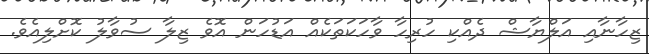
ޒިހާނާއި އަލްޔާޝް ދެއްކި ހުރިހާ ވާހަކަތަކެއް އަޑުހަން އޮވެ ޒިލާ ސުވާލު ކޮށްލިއެވެ.